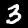
Digit: 3